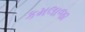
કમલાજા